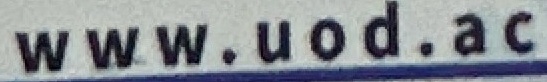
www.uod.ac